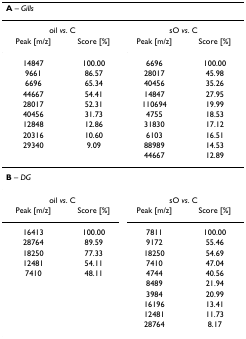
| <COLSPAN=4> A – Gills |
 | --- | --- | --- | --- |
 | <COLSPAN=2> oil vs. C | <COLSPAN=2> sO vs. C |
 | Peak [m/z] | Score [%] | Peak [m/z] | Score [%] |
 | 14847 | 100.00 | 6696 | 100.00 |
 | 9661 | 86.57 | 28017 | 45.98 |
 | 6696 | 65.34 | 40456 | 35.26 |
 | 44667 | 54.41 | 14847 | 27.95 |
 | 28017 | 52.31 | 110694 | 19.99 |
 | 40456 | 31.73 | 4755 | 18.53 |
 | 12848 | 12.86 | 31830 | 17.12 |
 | 20316 | 10.60 | 6103 | 16.51 |
 | 29340 | 9.09 | 88989 | 14.53 |
 |  |  | 44667 | 12.89 |
 | <COLSPAN=4> B – DG |
 | <COLSPAN=2> oil vs. C | <COLSPAN=2> sO vs. C |
 | Peak [m/z] | Score [%] | Peak [m/z] | Score [%] |
 | 16413 | 100.00 | 7811 | 100.00 |
 | 28764 | 89.59 | 9172 | 55.46 |
 | 18250 | 77.33 | 18250 | 54.69 |
 | 12481 | 54.11 | 7410 | 47.04 |
 | 7410 | 48.11 | 4744 | 40.56 |
 |  |  | 8489 | 21.94 |
 |  |  | 3984 | 20.99 |
 |  |  | 16196 | 13.41 |
 |  |  | 12481 | 11.73 |
 |  |  | 28764 | 8.17 |